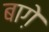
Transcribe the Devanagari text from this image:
बाग़े